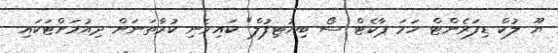
ޔޫ ލުކް ޑިފަރެންޓް ހަމަ ޕާކެޓް ސޯ ބިއުޓިފުލް" ކައިވެނި ކުރާތަނަށް ދިއުމަށްޓަކައި